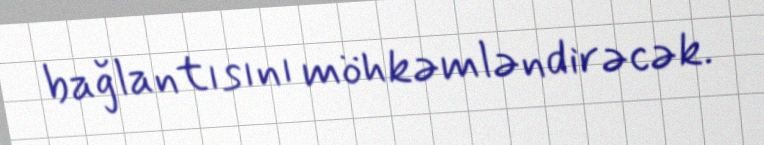
bağlantısını möhkəmləndirəcək.